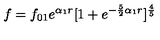
f = f _ { 0 1 } e ^ { \alpha _ { 1 } r } [ 1 + e ^ { - \frac { 5 } { 2 } { \alpha _ { 1 } } r } ] ^ { \frac { 4 } { 5 } }